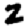
Digit: 2